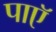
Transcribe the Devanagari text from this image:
पाएॅ